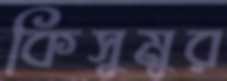
কিসুমুর